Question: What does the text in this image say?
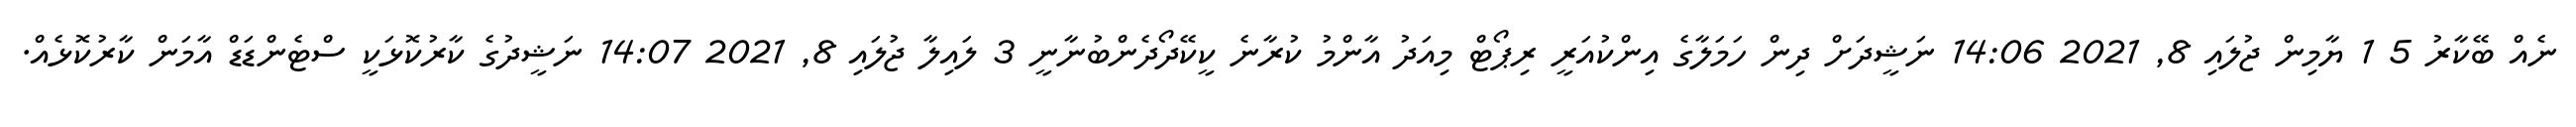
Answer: ނެއް ބޭކާރު 5 1 ޔާމިން ޖުލައި 8, 2021 14:06 ނަޝީދަށް ދިން ހަމަލާގެ އިންކުއަރީ ރިޕޯޓް މިއަދު އާންމު ކުރާނެ ކީކޭދޯދެންބުނާނީ 3 ލައިލާ ޖުލައި 8, 2021 14:07 ނަޝީދުގެ ކާރުކޮޅަކީ ސްޓެންޑަޑް އާމަން ކާރުކޮޅެއް.